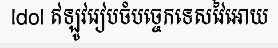
Idol ឥឡូវរៀបចំបច្ចេកទេសវៃអោយ